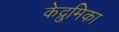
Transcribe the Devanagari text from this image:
केद्रुमिका